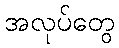
အလုပ်တွေ